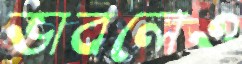
ভাবলেও